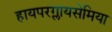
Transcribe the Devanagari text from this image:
हायपरग्लायसेमिया